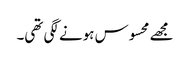
مجھے محسوس ہونے لگی تھی۔